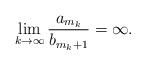
LaTeX: \begin{align*}\lim_{k\to\infty}\frac{a_{m_k}}{b_{m_{k}+1}}=\infty.\end{align*}